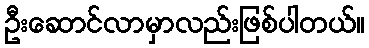
ဦးဆောင်လာမှာလည်းဖြစ်ပါတယ်။